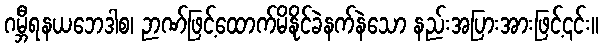
ဂမ္ဘီရနယဘေဒါစ၊ ဉာဏ်ဖြင့်ထောက်မိနိုင်ခဲနက်နဲသော နည်းအပြားအားဖြင့်၎င်း။